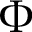
\Phi